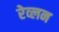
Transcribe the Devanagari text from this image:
रेव्लन